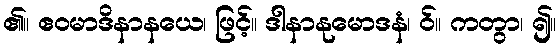
၏။ ဧဝမာဒိနာနယေ၊ ဖြင့်။ ဒါနာနုမောဒနံ၊ ဝ်။ ကတွာ၊ ၍။